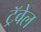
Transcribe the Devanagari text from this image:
ट्रॅवेल